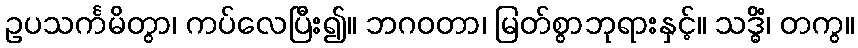
ဥပသင်္ကမိတွာ၊ ကပ်လေပြီး၍။ ဘဂဝတာ၊ မြတ်စွာဘုရားနှင့်။ သဒ္ဓိံ၊ တကွ။